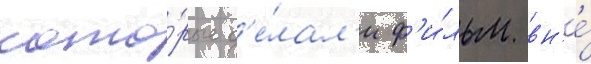
кото́рые д'е́лал'и ф'и́льм вн'е́